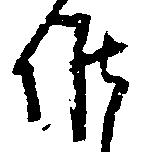
候